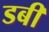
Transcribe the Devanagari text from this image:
डबी